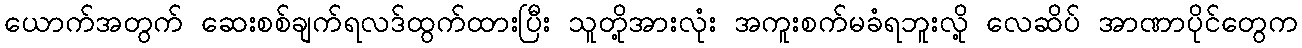
ယောက်အတွက် ဆေးစစ်ချက်ရလဒ်ထွက်ထားပြီး သူတို့အားလုံး အကူးစက်မခံရဘူးလို့ လေဆိပ် အာဏာပိုင်တွေက